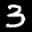
Label: 3